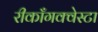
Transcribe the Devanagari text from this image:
रीकाँगक्वेस्टा